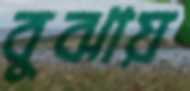
বুঝায়